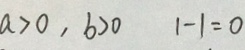
a > 0 , b > 0 1 - 1 = 0